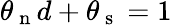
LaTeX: \theta_{\mathrm{~n~}}d+\theta_{\mathrm{~s~}}=1